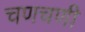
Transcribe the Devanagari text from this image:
चणचणी